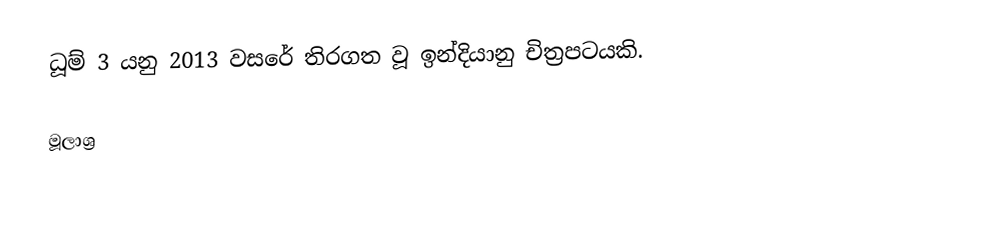
ධූම් 3 යනු 2013 වසරේ තිරගත වූ ඉන්දියානු චිත්‍රපටයකි.

මූලාශ්‍ර